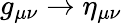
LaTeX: g_{\mu\nu}\rightarrow\eta_{\mu\nu}